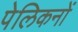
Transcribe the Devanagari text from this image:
पेलिकनों